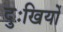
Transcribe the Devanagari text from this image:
दुःखियों